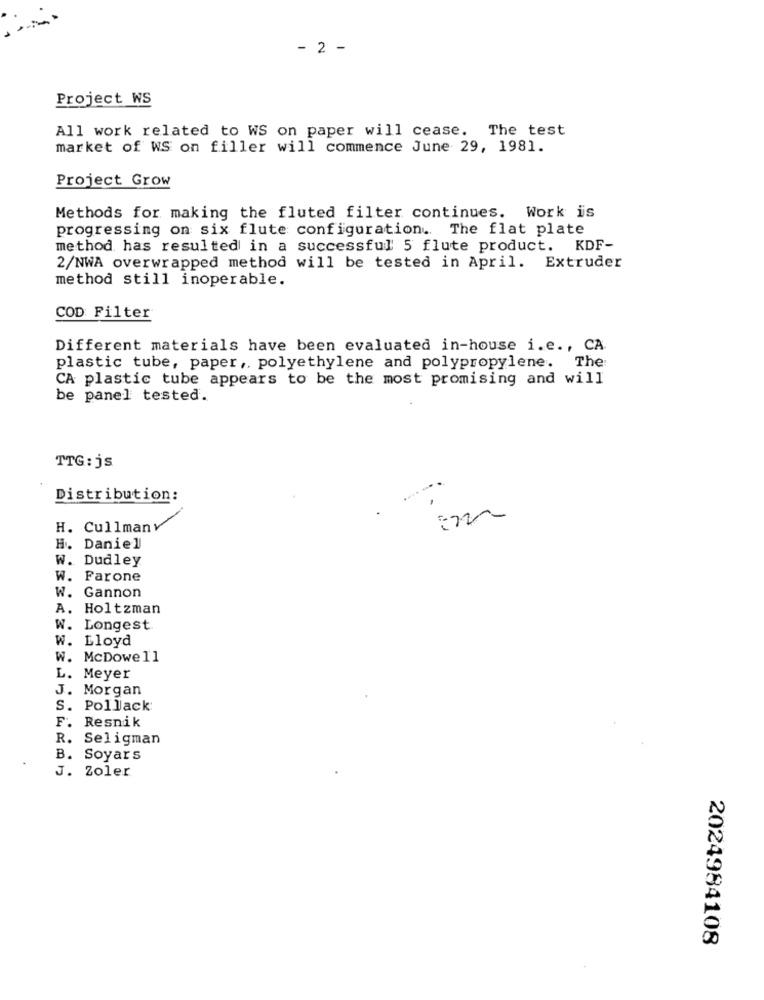
- 2 -
Project WS
All work related to WS on paper will cease. The test
market of WS on filler will commence June 29, 1981.
Project Grow
Methods for making the fluted filter continues. Work is
progressing on six flute configuration. The flat plate
method has resulted in a successful 5 flute product. KDF-
2/NWA overwrapped method will be tested in April. Extruder
method still inoperable.
COD Filter
Different materials have been evaluated in-house i.e ., CA.
plastic tube, paper ,, polyethylene and polypropylene.
The
CA plastic tube appears to be the most promising and will
be panel tested.
TTG: js
Distribution:
H. Cullmany
H. Daniel
W. Dudley
w. Farone
W. Gannon
A. Holtzman
W. Longest.
w. Lloyd
W. McDowell
Meyer
J. Morgan
S. Pollack
F. Resnik
R. Seligman
B. Soyars
J. Zoler
2024984108